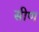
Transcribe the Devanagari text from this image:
सीण